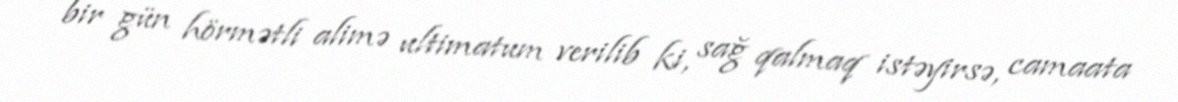
bir gün hörmətli alimə ultimatum verilib ki, sağ qalmaq istəyirsə, camaata